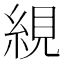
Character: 絸